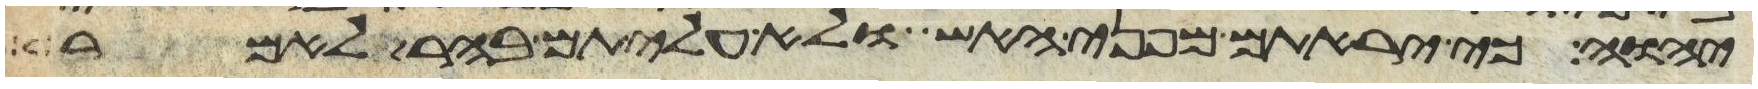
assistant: יהוה כי יראתם מפני האש ולא עליתם בהר לאמר